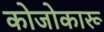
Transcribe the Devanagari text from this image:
कोजोकारू